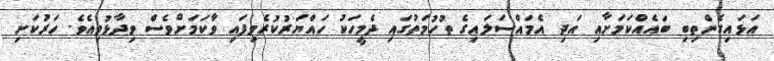
އަޅައިގެންތިބި ބައެއްކަމަށާއި އަދި އެމައްސަލައިގެ ތުުހުމަތުގައި ދެމީހަކު ހައްޔަރުކުރެވިފައި ވާކަމަށްވެސް ވިދާޅުވިއެވެ. ހަރުކަށި